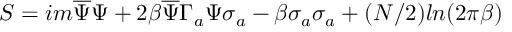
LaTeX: S = i m \overline { { { \Psi } } } \Psi + 2 \beta \overline { { { \Psi } } } \Gamma _ { a } \Psi \sigma _ { a } - \beta \sigma _ { a } \sigma _ { a } + ( N / 2 ) l n ( 2 \pi \beta )